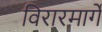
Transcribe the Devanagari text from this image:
विरारमार्गे